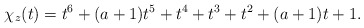
\begin{align*}\chi_{z}(t)=t^6+(a+1)t^5 +t^4+ t^3+ t^2+(a+1)t+1.\end{align*}